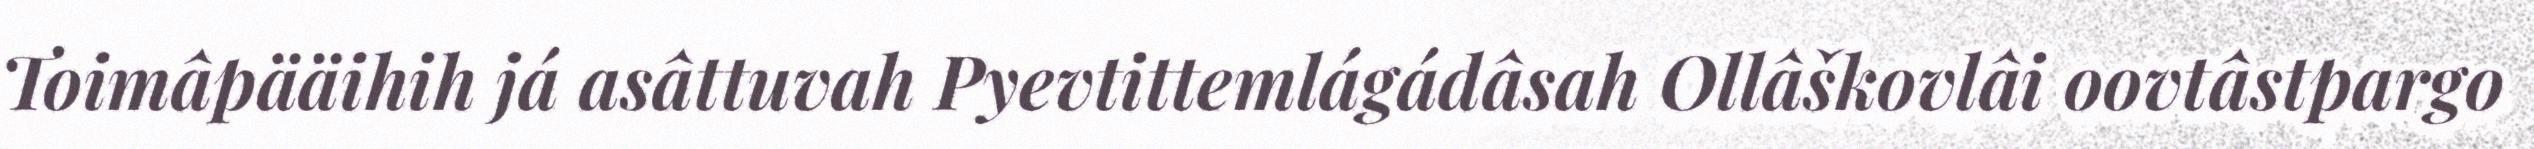
Toimâpääihih já asâttuvah Pyevtittemlágádâsah Ollâškovlâi oovtâstpargo